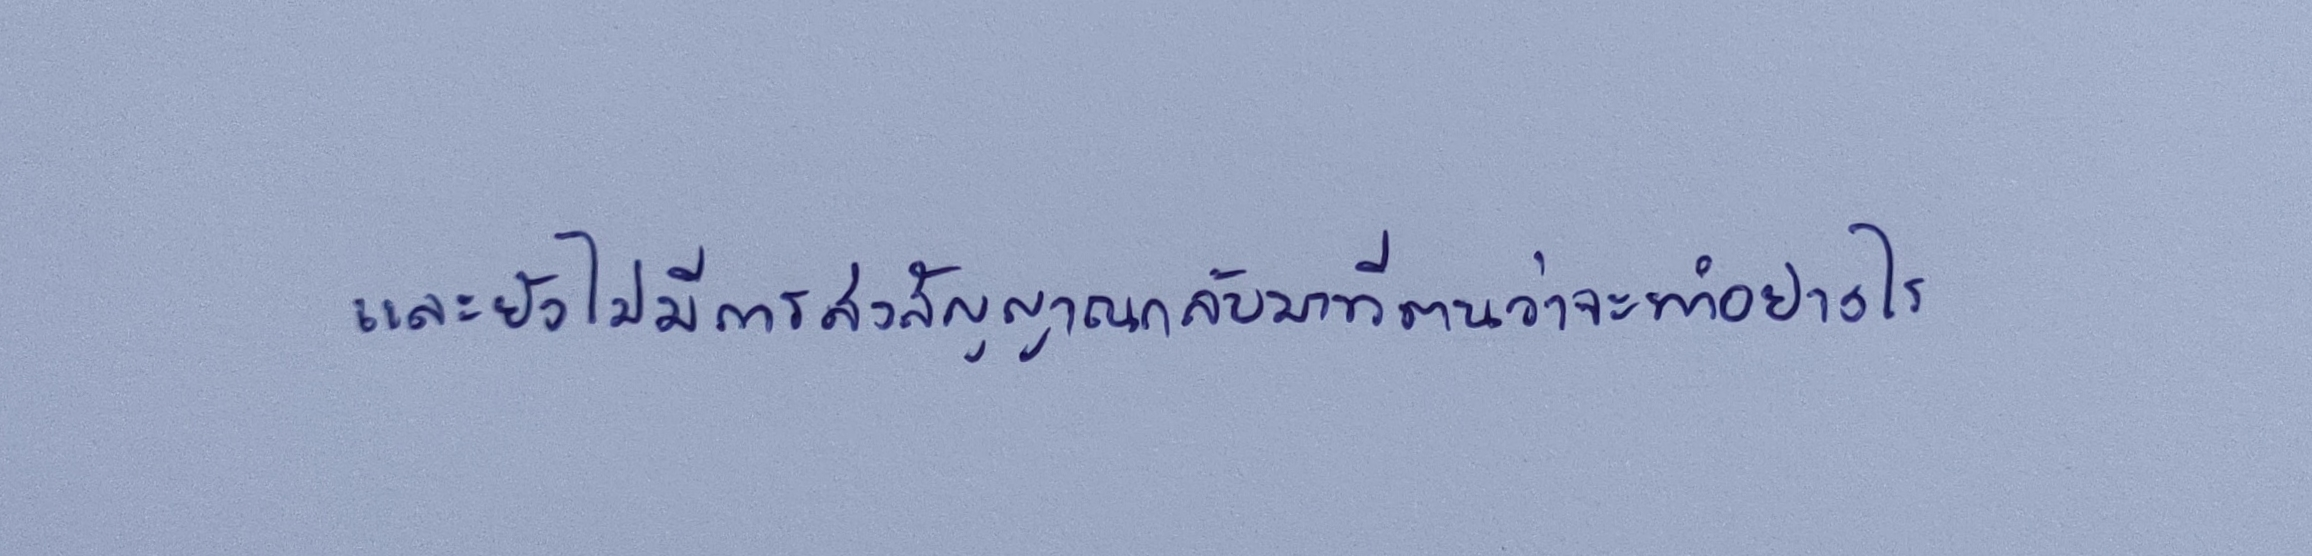
และยังไม่มีการส่งสัญญาณกลับมาที่ตนว่าจะทำอย่างไร